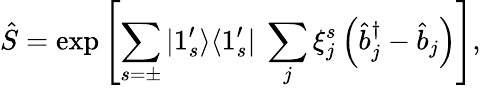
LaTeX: \hat{S}=\exp\left[\sum_{s=\pm}|1_{s}^{\prime}\rangle\langle 1_{s}^{\prime}|\ \sum_{j}\xi_{j}^{s}\left(\hat{b}_{j}^{\dagger}-\hat{b}_{j}\right)\right],